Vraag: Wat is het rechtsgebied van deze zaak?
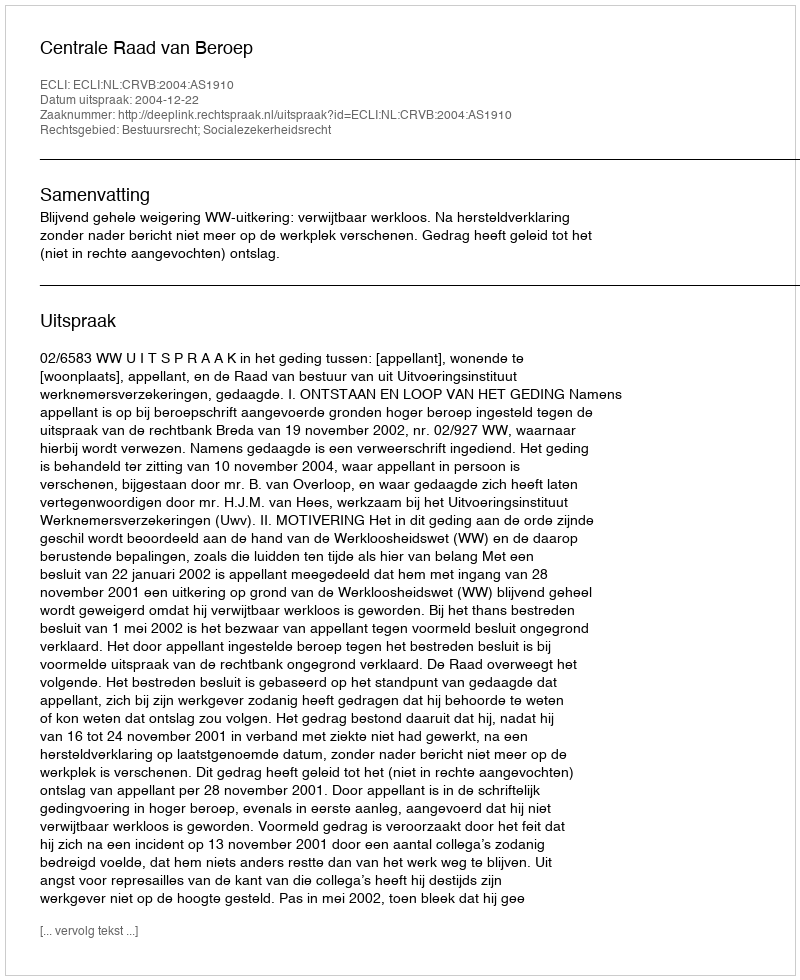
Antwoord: Bestuursrecht; Socialezekerheidsrecht